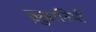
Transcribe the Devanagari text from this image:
ख़ुबानियाँ